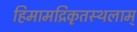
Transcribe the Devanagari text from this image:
हिमामद्रिकृतस्थलाम्